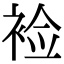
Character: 裣